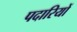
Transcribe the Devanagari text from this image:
पदारियों